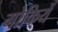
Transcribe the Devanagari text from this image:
गोकियें